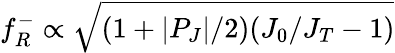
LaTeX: f_{R}^{-}\propto\sqrt{(1+|P_{J}|/2)(J_{0}/J_{T}-1)}